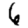
Digit: 6